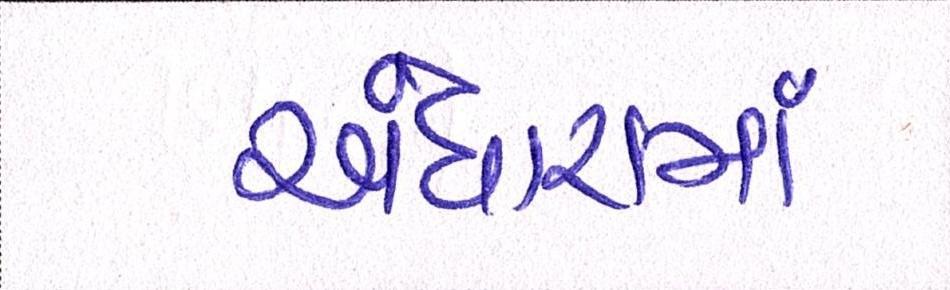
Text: અંધારામાં